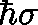
\hbar \mathbf { \sigma }